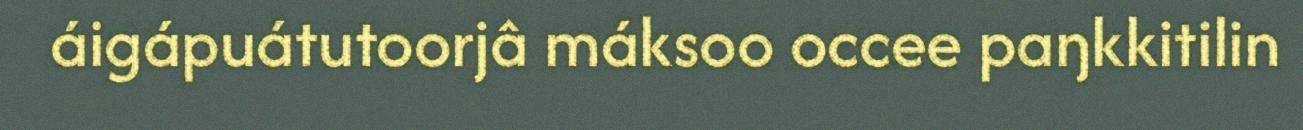
áigápuátutoorjâ máksoo occee paŋkkitilin